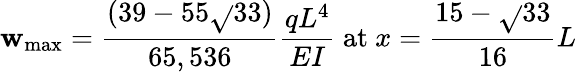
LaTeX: \mathbf{w}_{\mathrm{{max}}}={\frac{{(39-55{\sqrt{}{{33}}})}}{{65,536}}}{\frac{{qL^{4}}}{{EI}}}{\mathrm{{~at~}}}x={\frac{{15-{\sqrt{}{{33}}}}}{{16}}}L